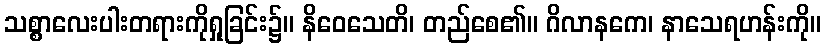
သစ္စာလေးပါးတရားကိုရှုခြင်း၌။ နိဝေသေတိ၊ တည်စေ၏။ ဂိလာနကေ၊ နာသေရဟန်းကို။